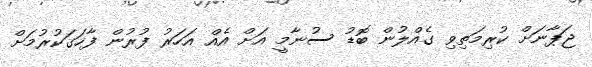
ޖަޕާނަށް ކުރިމަތިވި ގެއްލުން ބޮޑު ސުނާމީ އަށް އެއް އަހަރު ފުރުން ފާހަގަކުރުމަށް